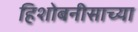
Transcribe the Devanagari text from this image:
हिशोबनीसाच्या